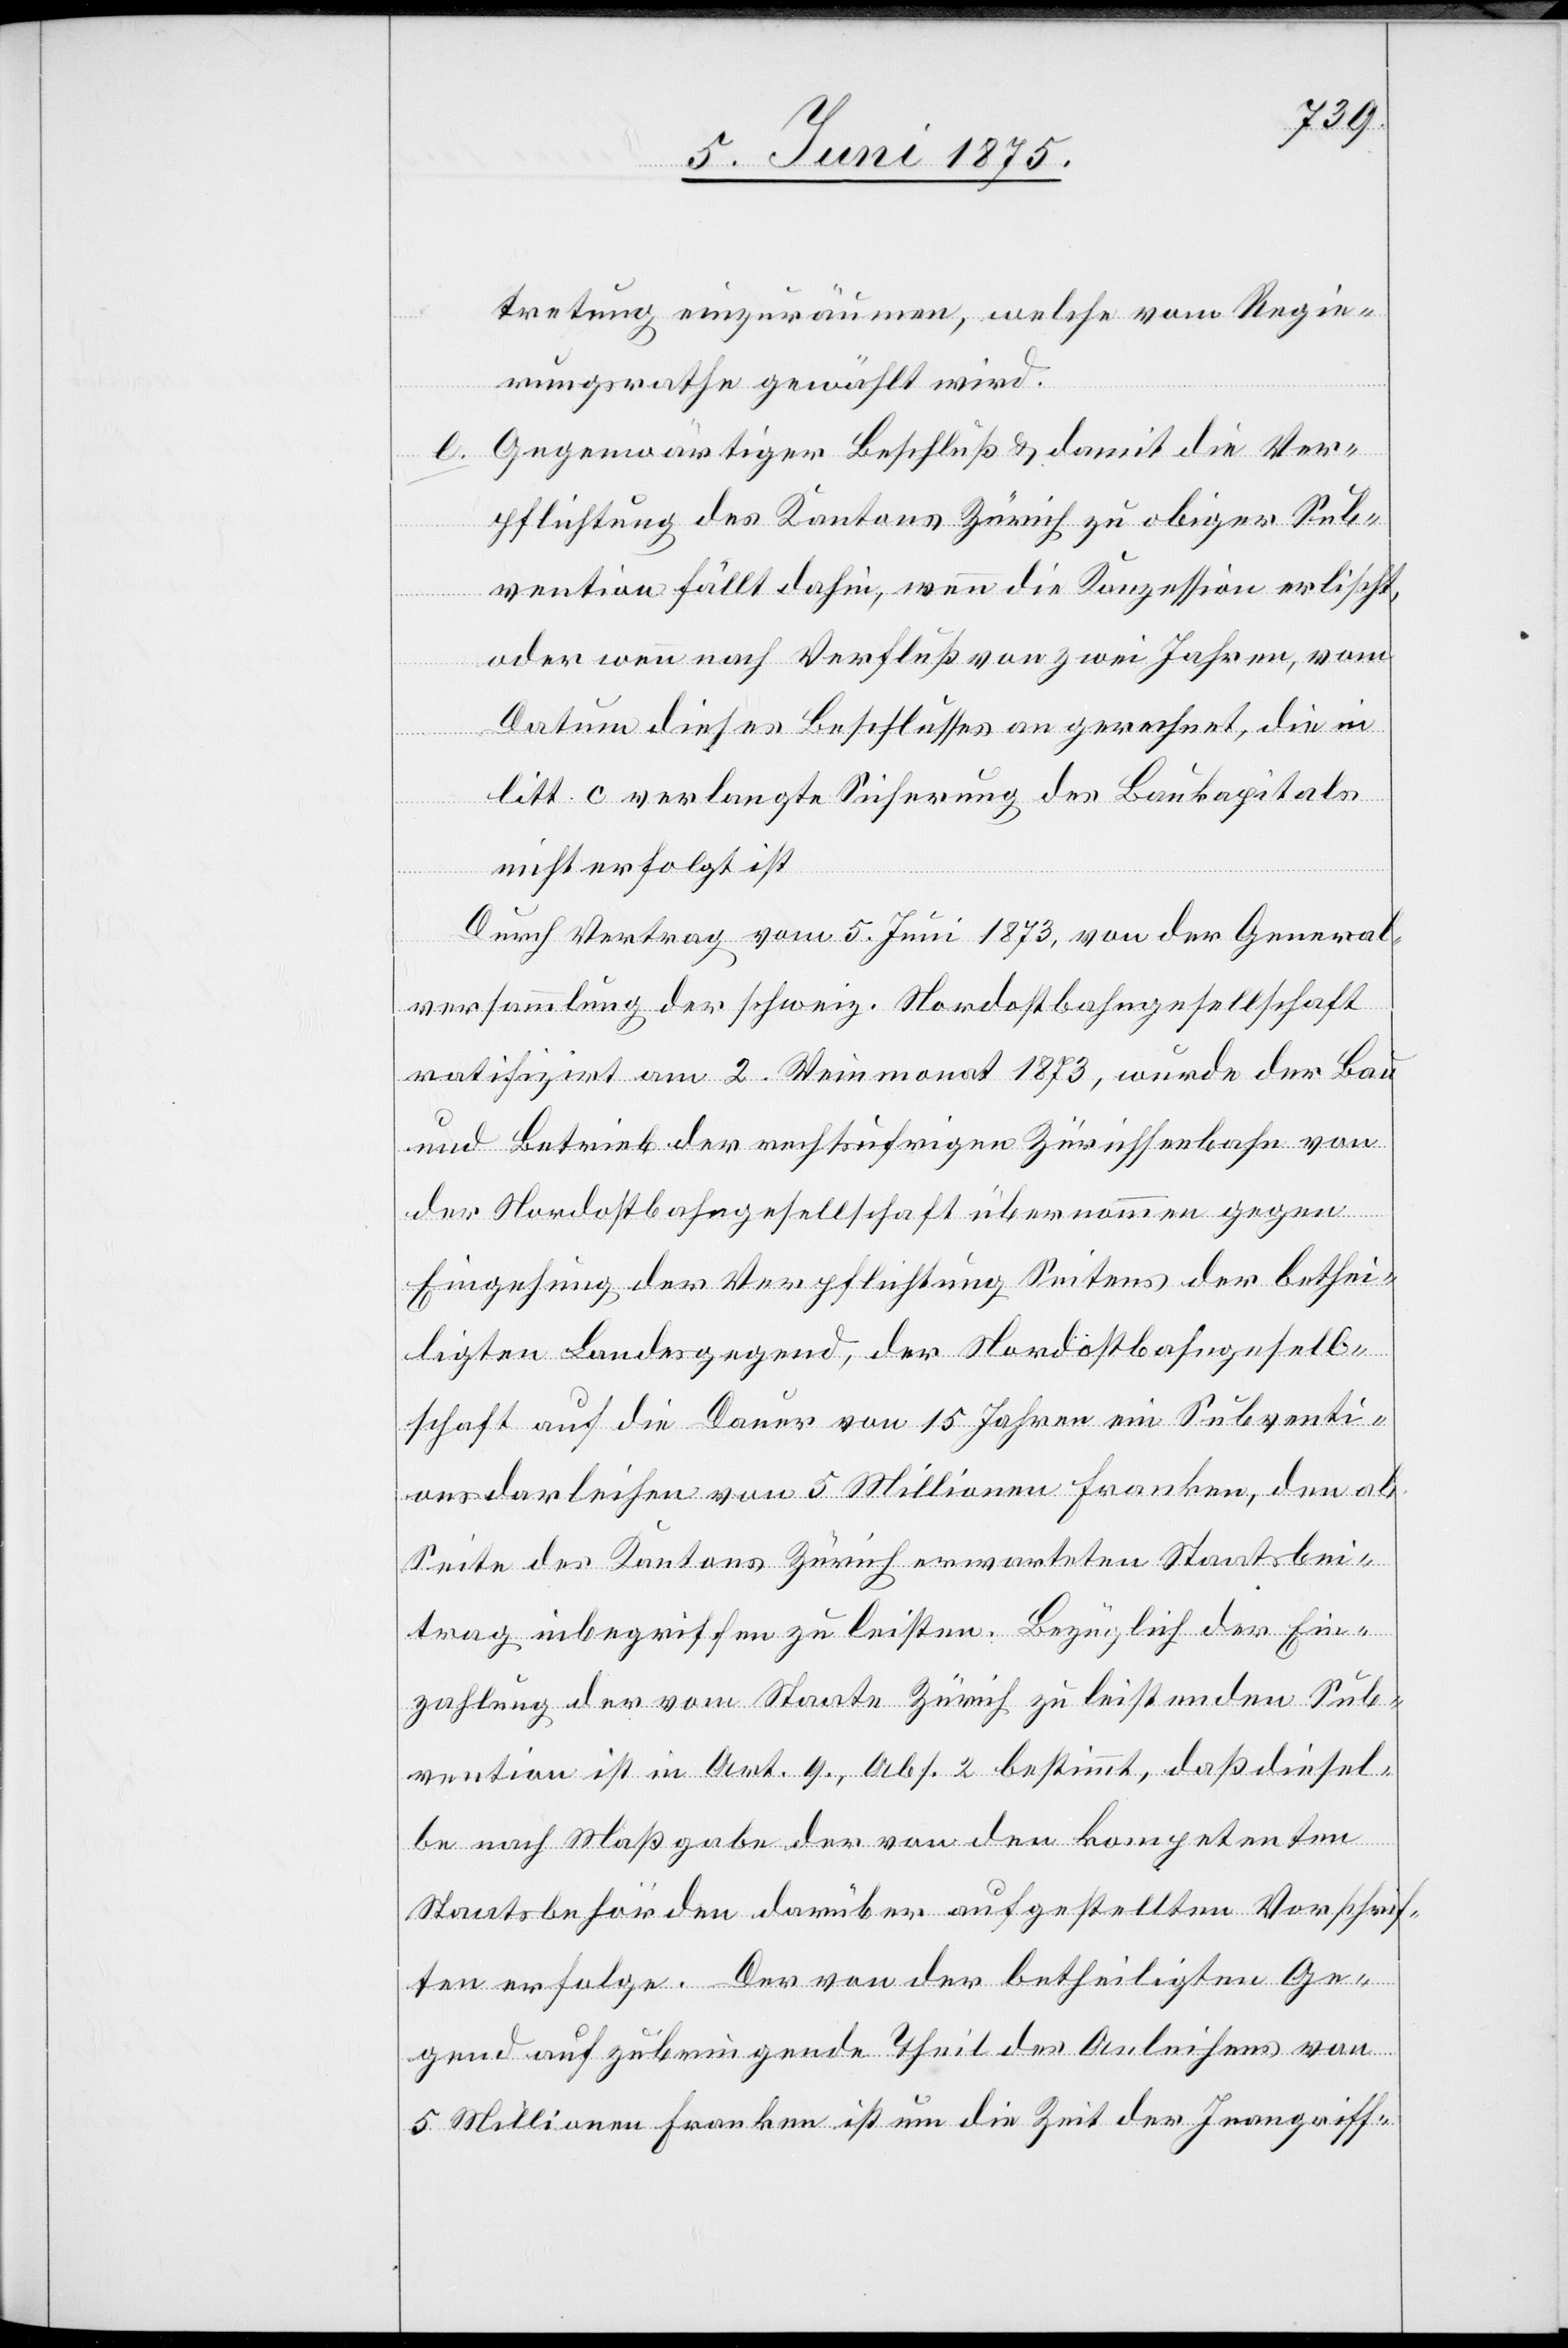
tretung einzuräumen, welche vom Regie¬
rungsrathe gewählt wird.
Gegenwärtiger Beschluss und damit die Ver¬
pflichtung des Kantons Zürich zu obiger Sub¬
vention fällt dahin, wenn die Konzession erlischt,
oder wenn nach Verfluß von zwei Jahren, vom
Datum dieses Beschlusses an gerechnet, die in
litt. c verlangte Sicherung des Baukapitals
nicht erfolgt ist.
e.
Durch Vertrag vom 5. Juni 1873, von der General¬
versammlung der schweiz. Nordostbahngesellschaft
ratifizirt am 2. Weinmonat 1873, wurde der Bau
und Betrieb der rechtsufrigen Zürichseebahn von
der Nordostbahngesellschaft übernommen gegen
Eingehung der Verpflichtung Seitens der bethei¬
ligten Landesgegend, der Nordostbahngesell¬
schaft auf die Dauer von 15 Jahren eine Subventi¬
onsdarleihen von 5 Millionen Franken, den ab
Seite des Kantons Zürich erwarteten Staatsbei¬
trag inbegriffen zu leisten. Bezüglich der Ein¬
zahlung der vom Staate Zürich zu leistenden Sub¬
vention ist in Art. 9., Abs. 2 bestimmt, daß diesel¬
be nach Maßgabe der von den kompetenten
Staatsbehörden darüber aufgestellten Vorschrif¬
ten erfolge. Der von der betheiligten Ge¬
gend aufzubringende Theil des Anleihens von
5 Millionen Franken ist um die Zeit der Inangriff-